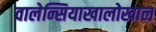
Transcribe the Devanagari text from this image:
वालेन्सियाखालोखाल